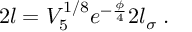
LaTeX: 2 l = V _ { 5 } ^ { 1 / 8 } e ^ { - \frac { \phi } { 4 } } 2 l _ { \sigma } \; .